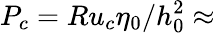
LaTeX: P_{c}=Ru_{c}\eta_{0}/h_{0}^{2}\approx